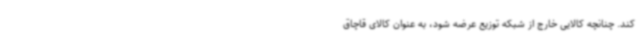
کند. چنانچه کالایی خارج از شبکه توزیع عرضه شود، به عنوان کالای قاچاق